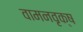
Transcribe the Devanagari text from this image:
वामनवृक्ष